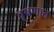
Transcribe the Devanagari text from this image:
वृषणात